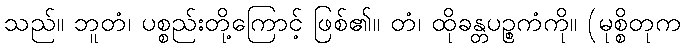
သည်။ ဘူတံ၊ ပစ္စည်းတို့ကြောင့် ဖြစ်၏။ တံ၊ ထိုခန္တပဉ္စကံကို။ (မုစ္စိတုက